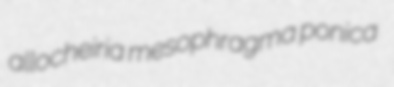
allocheiria mesophragma ponica